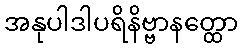
အနုပါဒါပရိနိဗ္ဗာနတ္ထော